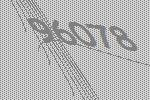
96078